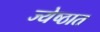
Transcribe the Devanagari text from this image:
ज्येष्ठात